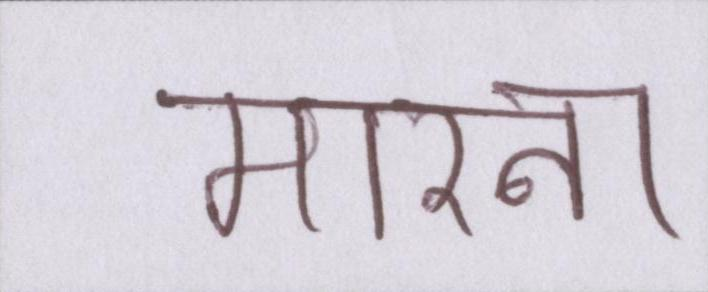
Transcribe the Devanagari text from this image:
मारना